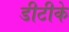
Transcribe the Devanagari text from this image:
डीटीके